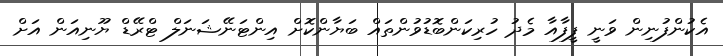
އެކުންފުނިން ވަނީ ފީފާއާ މެދު ހުރިކަންބޮޑުވުންތައް ބަޔާންކޮށް އިންޓަނޭޝަނަލް ޓްރޭޑް ޔޫނިއަން އަށް